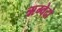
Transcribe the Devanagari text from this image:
ऋग्वेदो